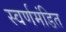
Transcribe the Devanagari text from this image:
स्वर्णमंडित